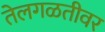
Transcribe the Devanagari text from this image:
तेलगळतीवर